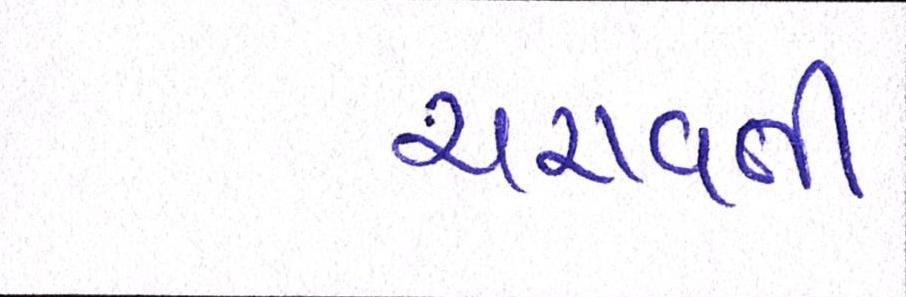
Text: ચરાવતી